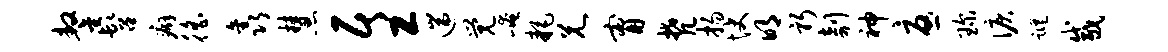
鏊髫癖徭鑫慧居工遄觉崦耗兄甯梵扬快明躬剞神忧琛泪踪咸